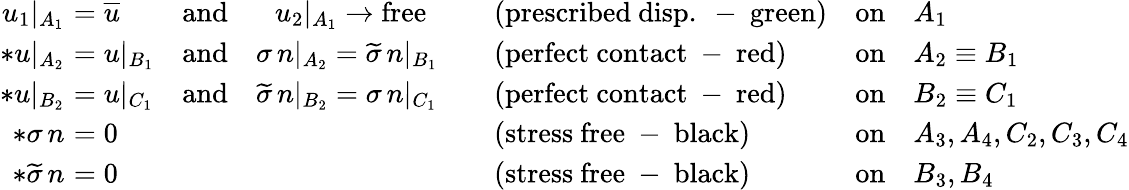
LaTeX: \begin{array}{r}{\begin{array}{rlllll}{u_{1}\vert_{A_{1}}}&{\! \! \! \! =\overline{{u}}}&{\mathrm{and}\quad\, \, \, \, u_{2}\vert_{A_{1}}\to\mathrm{free}}&{\quad(\mathrm{prescribed~disp.~-~green})}&{\mathrm{on}}&{A_{1}}\\ {*u\vert_{A_{2}}}&{\! \! \! \! =u\vert_{B_{1}}}&{\mathrm{and}\quad\sigma\, n\vert_{A_{2}}=\widetilde{\sigma}\, n\vert_{B_{1}}}&{\quad(\mathrm{perfect~contact~-~red})}&{\mathrm{on}}&{A_{2}\equiv B_{1}}\\ {*u\vert_{B_{2}}}&{\! \! \! \! =u\vert_{C_{1}}}&{\mathrm{and}\quad\widetilde{\sigma}\, n\vert_{B_{2}}=\sigma\, n\vert_{C_{1}}}&{\quad(\mathrm{perfect~contact~-~red})}&{\mathrm{on}}&{B_{2}\equiv C_{1}}\\ {*\sigma\, n}&{\! \! \! \! =0}&&{\quad\mathrm{(stress~free~-~black)}}&{\mathrm{on}}&{A_{3},A_{4},C_{2},C_{3},C_{4}}\\ {*\widetilde{\sigma}\, n}&{\! \! \! \! =0}&&{\quad\mathrm{(stress~free~-~black)}}&{\mathrm{on}}&{B_{3},B_{4}}\end{array}}\end{array}